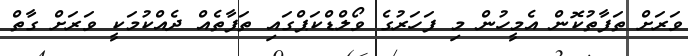
ވަރަށް ތަފާތުކޮން އެމީހުން މި ފަހަރުގެ ވޯލްޑްކަޕްގައި ތަފާތެއް ދެއްކުމަކީ ވަރަށް ގާތް